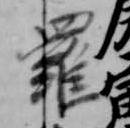
羅